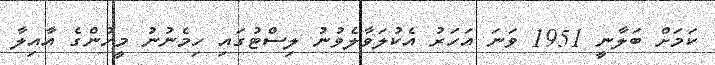
ކަމަށް ބަލާނީ 1951 ވަނަ އަހަރު އެކުލަވާލެވުނު ލިސްޓުގައި ހިމެނުނު މީހުންގެ އާއިލާ